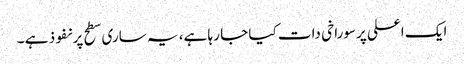
ایک اعلی پرسوراخی دات کیا جا رہا ہے، یہ ساری سطح پر نفوذ ہے ۔